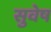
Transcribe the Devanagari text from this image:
सुवेष